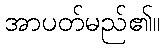
အာပတ်မည်၏။